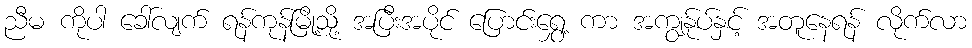
ညီမ ကိုပါ ခေါ်လျက် ရန်ကုန်မြို့သို့ အပြီးအပိုင် ပြောင်းရွှေ့ ကာ အကျွန်ုပ်နှင့် အတူနေရန် လိုက်လာ